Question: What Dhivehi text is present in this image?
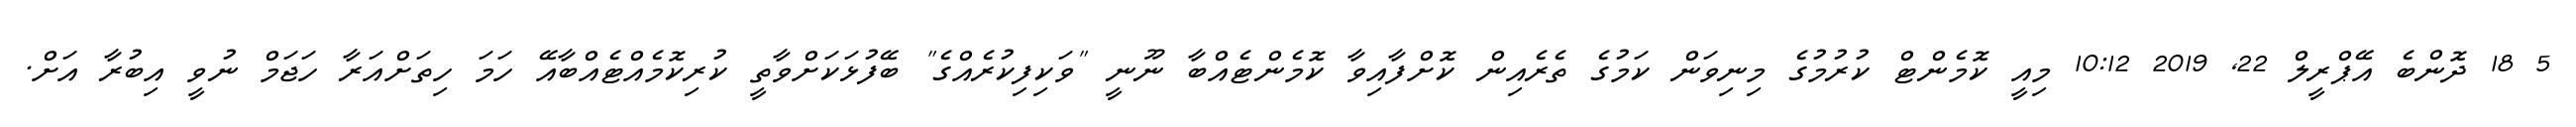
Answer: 5 18 ދޮންބެ އޭޕްރީލް 22, 2019 10:12 މިއީ ކޮމެންޓް ކުރުމުގެ މިނިވަން ކަމުގެ ތެރެއިން ކޮށްފާއިވާ ކޮމެންޓެއްބާ ނޫނީ "ވަކިފިކުރެއްގެ" ބޭފުޅަކަށްވާތީ ކުރިކޮމެއްޓެއްބާއޭ ހަމަ ހިތަށްއަރާ ހަޖަމް ނުވީ އިބުރާ އަށް.